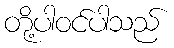
တို့ပါဝင်ပါသည်